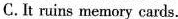
C.It ruins memory cards.